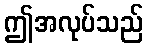
ဤအလုပ်သည်